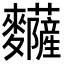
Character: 𪎅